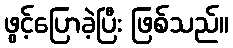
ဖွင့်ပြောခဲ့ပြီး ဖြစ်သည်။